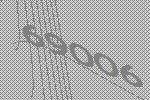
69006